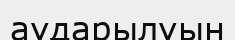
аударылуын